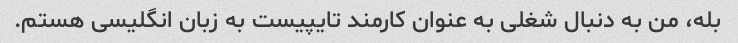
بله، من به دنبال شغلی به عنوان کارمند تایپیست به زبان انگلیسی هستم.